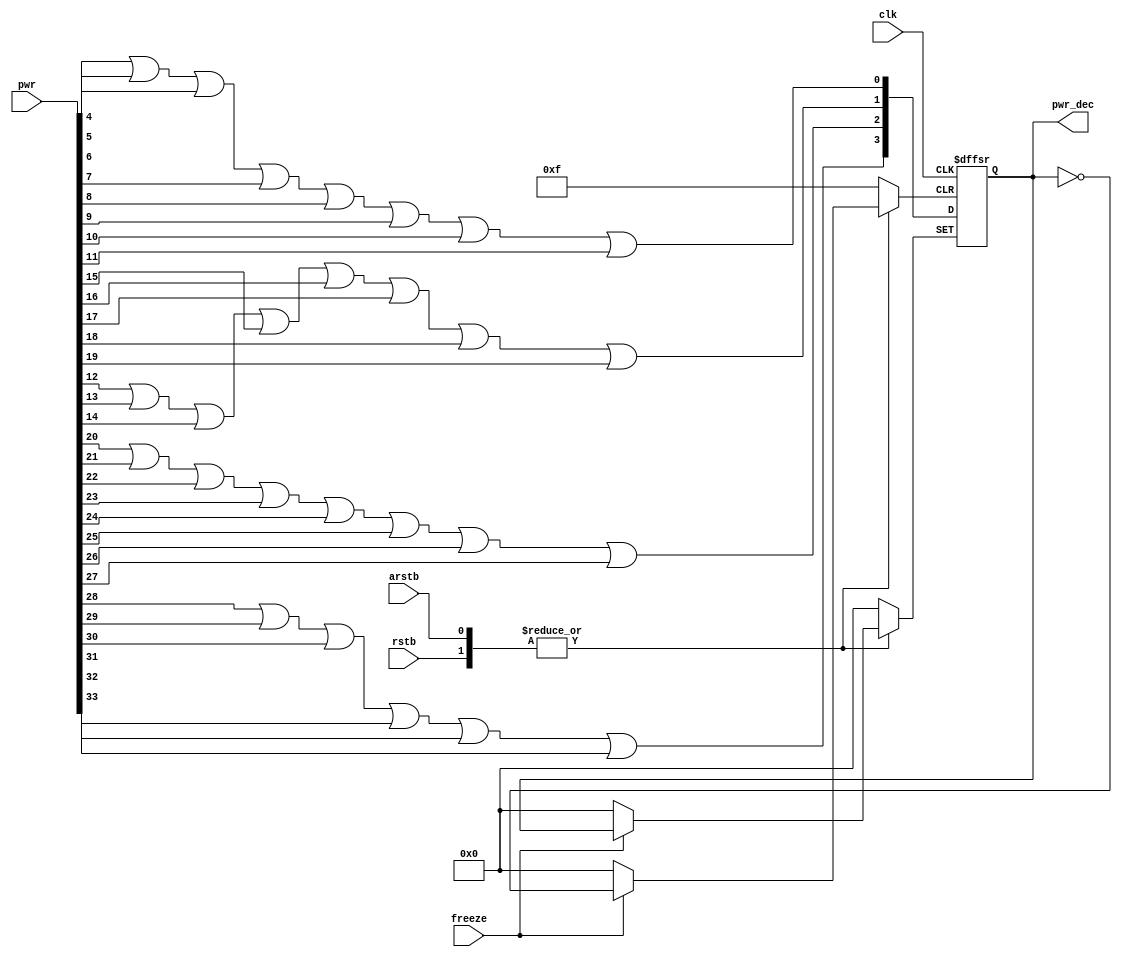

`timescale 1ns/1fs

module new_power_dec(
    
    input                               clk,
    input                               arstb,
    input                               rstb,
    input                               freeze,

    input       signed      [34:0]      pwr,  
    


    output      reg         [3:0]       pwr_dec

            );


    wire [7:0]    w_dec;
    //pwr[34] = signed bit//
    assign  w_dec[0] = ( pwr[4]  | pwr[5]  | pwr[6]  | pwr[7]  | pwr[8]  | pwr[9]  | pwr[10] | pwr[11] );
    assign  w_dec[1] = ( pwr[12] | pwr[13] | pwr[14] | pwr[15] | pwr[16] | pwr[17] | pwr[18] | pwr[19] );
    assign  w_dec[2] = ( pwr[20] | pwr[21] | pwr[22] | pwr[23] | pwr[24] | pwr[25] | pwr[26] | pwr[27] );
    assign  w_dec[3] = ( pwr[28] | pwr[29] | pwr[30] | pwr[31] | pwr[32] | pwr[33]);


    always @(posedge clk or negedge arstb or negedge rstb or posedge freeze) begin
        if(!arstb) begin
            pwr_dec  <= 8'b0;
        end
        else if(!rstb) begin
            pwr_dec  <= 8'b0;
        end
        else begin
            if(freeze) begin
                pwr_dec  <=  pwr_dec ;
            end
            else begin
                pwr_dec  <=   w_dec;
            end
        end
    end


endmodule